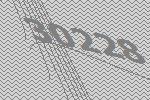
30228